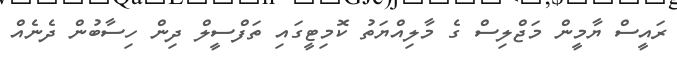
ރައީސް ޔާމީން މަޖްލިސް ގެ މާލިއްޔަތު ކޮމިޓީގައި ތަފްސީލް ދިން ހިސާބުން ދެނެއް